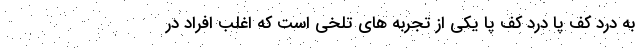
به درد کف پا درد کف پا یکی از تجربه های تلخی است که اغلب افراد در